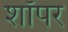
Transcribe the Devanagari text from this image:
शॉपर